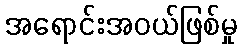
အရောင်းအဝယ်ဖြစ်မှု